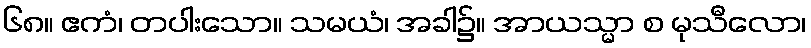
၆၈။ ဧကံ၊ တပါးသော။ သမယံ၊ အခါ၌။ အာယသ္မာ စ မုသီလော၊